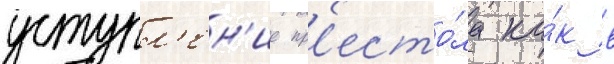
уступл'ен'ие пр'есто́ла ка́к в